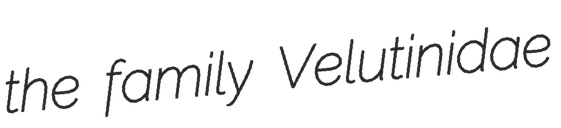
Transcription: the family Velutinidae